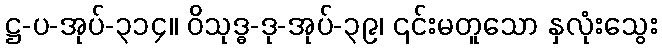
ဋ္ဌ-ပ-အုပ်-၃၁၄။ ဝိသုဒ္ဓ-ဒု-အုပ်-၃၉၊ ၎င်းမတူသော နှလုံးသွေး